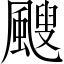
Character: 颼